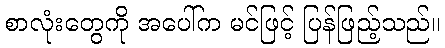
စာလုံးတွေကို အပေါ်က မင်ဖြင့် ပြန်ဖြည့်သည်။